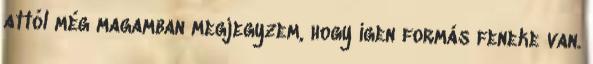
attól még magamban megjegyzem, hogy igen formás feneke van.